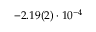
- 2 . 1 9 ( 2 ) \cdot 1 0 ^ { - 4 }